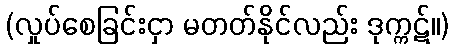
(လှုပ်စေခြင်းငှာ မတတ်နိုင်လည်း ဒုက္ကဋ်။)